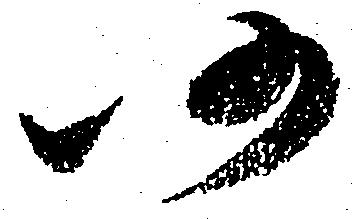
仍